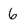
Character: 6